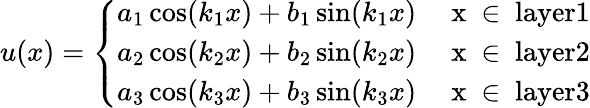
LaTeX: u(x)=\left\{ \begin{array}{ll}{a_{1}\cos(k_{1}x)+b_{1}\sin(k_{1}x)}&{\mathrm{~x~\in~}\textrm{layer}1}\\ {a_{2}\cos(k_{2}x)+b_{2}\sin(k_{2}x)}&{\mathrm{~x~\in~}\textrm{layer}2}\\ {a_{3}\cos(k_{3}x)+b_{3}\sin(k_{3}x)}&{\mathrm{~x~\in~}\textrm{layer}3}\end{array}\right.